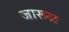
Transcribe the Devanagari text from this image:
जारूळ